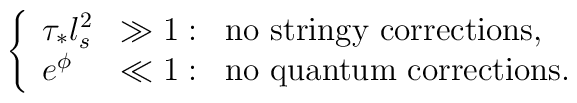
\left\{ \begin{array}{lll}\tau_{*} l_s^2 & \gg 1: & \mbox{no stringy corrections,}\\e^\phi & \ll 1: & \mbox{no quantum corrections.}\end{array}\right.